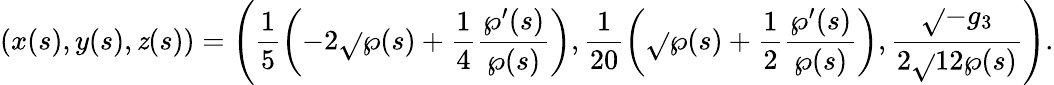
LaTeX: \left(x(s),y(s),\mathit{z}(s)\right)=\left(\frac{{1}}{{5}}\left(-2\sqrt{}{{\wp(s)}}+\frac{{1}}{{4}}\frac{{\wp^{\prime}(s)}}{{\wp(s)}}\right),\frac{{1}}{{20}}\left(\sqrt{}{{\wp(s)}}+\frac{{1}}{{2}}\frac{{\wp^{\prime}(s)}}{{\wp(s)}}\right),\frac{{\sqrt{}{{-g_{3}}}}}{{2\sqrt{}{{12}}\wp(s)}}\right).